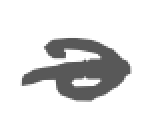
Text: a
Cross-out: single-line
Writing tool: digital_gray